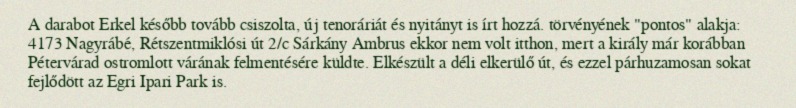
A darabot Erkel később tovább csiszolta, új tenoráriát és nyitányt is írt hozzá. törvényének "pontos" alakja: 4173 Nagyrábé, Rétszentmiklósi út 2/c Sárkány Ambrus ekkor nem volt itthon, mert a király már korábban Pétervárad ostromlott várának felmentésére küldte. Elkészült a déli elkerülő út, és ezzel párhuzamosan sokat fejlődött az Egri Ipari Park is.